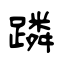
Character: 蹸